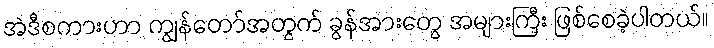
အဲဒီစကားဟာ ကျွန်တော်အတွက် ခွန်အားတွေ အများကြီး ဖြစ်စေခဲ့ပါတယ်။